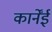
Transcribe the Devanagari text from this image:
कार्नेंई